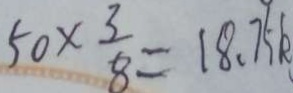
5 0 \times \frac { 3 } { 8 } = 1 8 . 7 5 k